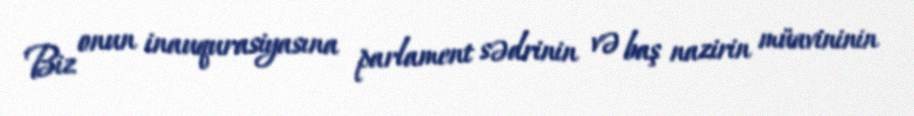
Biz onun inauqurasiyasına parlament sədrinin və baş nazirin müavininin